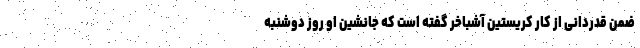
ضمن قدردانی از کار کریستین آشباخر گفته است که جانشین او روز دوشنبه